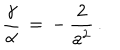
LaTeX: \frac { \gamma } { \alpha } \, = \, - \, \frac { 2 } { a ^ { 2 } } \, { . }